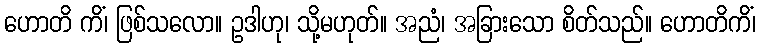
ဟောတိ ကိံ၊ ဖြစ်သလော။ ဥဒါဟု၊ သို့မဟုတ်။ အညံ၊ အခြားသော စိတ်သည်။ ဟောတိကိံ၊